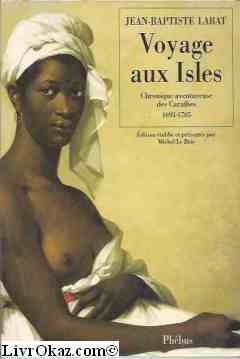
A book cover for Voyage aux Isles: Chronique aventureuse des Caraibes, 1693-1705 (D'ailleurs) (French Edition); Jean Baptiste Labat; Travel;